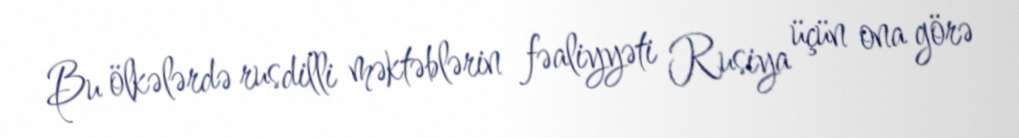
Bu ölkələrdə rusdilli məktəblərin fəaliyyəti Rusiya üçün ona görə